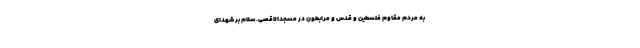
به مردم مقاوم فلسطین و قدس و مُرابطون در مسجدالاقصی. سلام بر شهدای